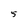
Character: 5